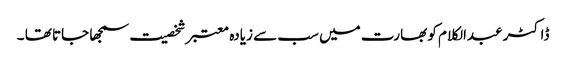
ڈاکٹر عبدالکلام کو بھارت میں سب سے زیادہ معتبر شخصیت سمجھا جاتا تھا ۔